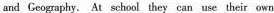
and Geography. At school they can ase their own